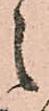
之